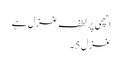
اچھی پر لطف غزل ہے
غزل 5۔